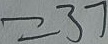
= 3 7